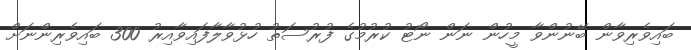
ބައިވެރިވާން ބޭނުންވާ މީހުން ނަން ނޯޓު ކުރުމުގެ ފުރުސަތު ހުޅުވާލާފައިވާއިރު 300 ބައިވެރިންނަށް